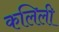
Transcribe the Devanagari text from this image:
कलिली